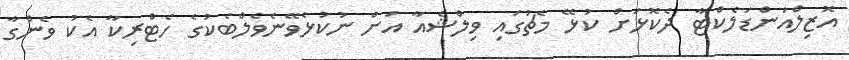
އޮޒިލްއަންޑަލެކްޓާ ދެކޮޅަށް ކުޅޭ މެޗުގައި ވިލްޝެއާ އަށް ނުކުޅެވޭނެވެލްބެކުގެ ހެޓްރިކާ އެކު ވެންގާ